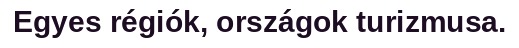
Egyes régiók, országok turizmusa.